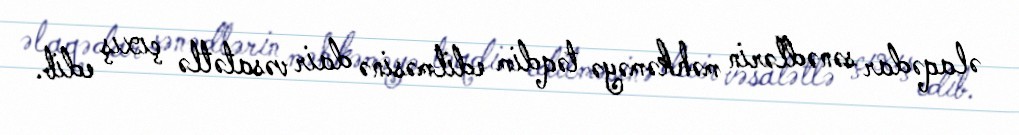
əlaqədar sənədlərin məhkəməyə təqdim edilməsinə dair vəsatətlə çıxış edib.